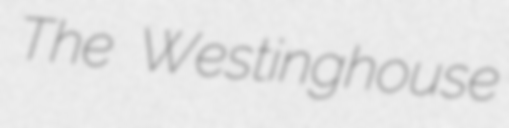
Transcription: The Westinghouse